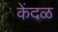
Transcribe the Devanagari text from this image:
केंदळ